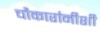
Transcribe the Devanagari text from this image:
चौकारांनीशी